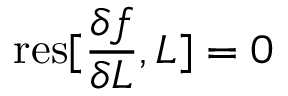
\mathrm { r e s } [ \frac { \delta f } { \delta L } , L ] = 0